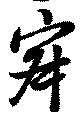
寂